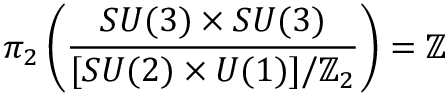
\pi _ { 2 } \left( { \frac { S U ( 3 ) \times S U ( 3 ) } { [ S U ( 2 ) \times U ( 1 ) ] / \mathbb { Z } _ { 2 } } } \right) = \mathbb { Z }